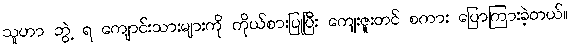
သူဟာ ဘွဲ့ ရ ကျောင်းသားများကို ကိုယ်စားပြုပြီး ကျေးဇူးတင် စကား ပြောကြားခဲ့တယ်။